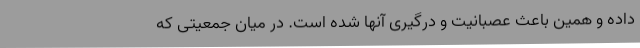
داده و همین باعث عصبانیت و درگیری آنها شده است. در میان جمعیتی که